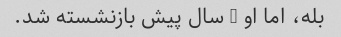
بله، اما او 5 سال پیش بازنشسته شد.